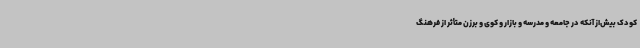
کودک بیش‌از آنکه در جامعه و مدرسه و بازار و کوی و برزن متأثر از فرهنگ